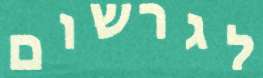
לגרשום